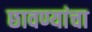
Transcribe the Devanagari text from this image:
छावण्यांचा